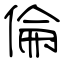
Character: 倫